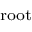
\scriptstyle { \mathrm { r o o t } }